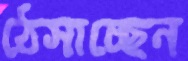
ঠেসাচ্ছেন